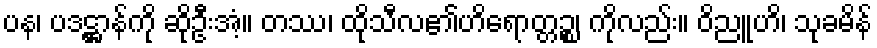
ပန၊ ပဒဋ္ဌာန်ကို ဆိုဦးအံ့။ တဿ၊ ထိုသီလ၏ဟိရောတ္တဉ္စ၊ ကိုလည်း။ ဝိညူဟိ၊ သုခမိန်